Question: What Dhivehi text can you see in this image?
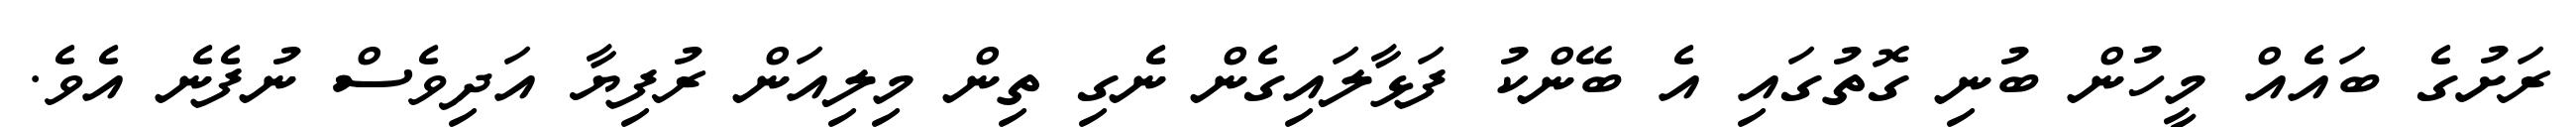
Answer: ރަށުގެ ބައެއް މީހުން ބުނި ގޮތުގައި އެ ބޭންކު ފަޅާލައިގެން ނެގި ތިން މިލިއަން ރުފިޔާ އަދިވެސް ނުފެނެ އެވެ.